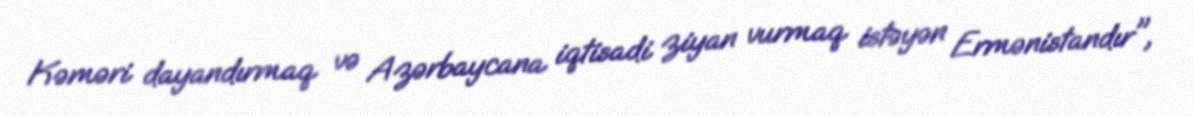
Kəməri dayandırmaq və Azərbaycana iqtisadi ziyan vurmaq istəyən Ermənistandır",